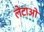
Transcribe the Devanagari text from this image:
लेटाओ